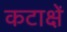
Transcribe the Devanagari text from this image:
कटाक्षें